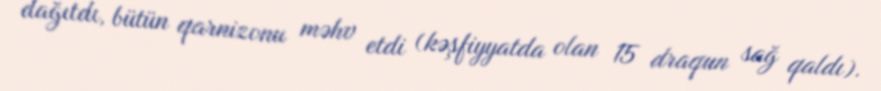
dağıtdı, bütün qarnizonu məhv etdi (kəşfiyyatda olan 15 draqun sağ qaldı).